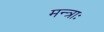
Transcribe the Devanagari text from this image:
मन्त्राः